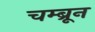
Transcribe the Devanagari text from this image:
चम्ब्रून